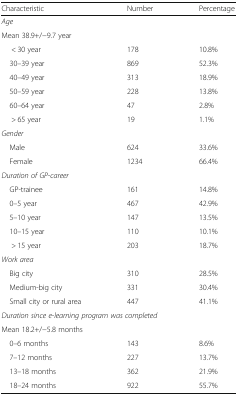
<table><thead><tr><td><b>Characteristic</b></td><td><b>Number</b></td><td><b>Percentage</b></td></tr></thead><tbody><tr><td colspan="3"><i>Age</i></td></tr><tr><td colspan="3">Mean 38.9+/−9.7 year</td></tr><tr><td>&lt; 30 year</td><td>178</td><td>10.8%</td></tr><tr><td> 30–39 year</td><td>869</td><td>52.3%</td></tr><tr><td> 40–49 year</td><td>313</td><td>18.9%</td></tr><tr><td> 50–59 year</td><td>228</td><td>13.8%</td></tr><tr><td> 60–64 year</td><td>47</td><td>2.8%</td></tr><tr><td>&gt; 65 year</td><td>19</td><td>1.1%</td></tr><tr><td colspan="3"><i>Gender</i></td></tr><tr><td> Male</td><td>624</td><td>33.6%</td></tr><tr><td> Female</td><td>1234</td><td>66.4%</td></tr><tr><td colspan="3"><i>Duration of GP-career</i></td></tr><tr><td> GP-trainee</td><td>161</td><td>14.8%</td></tr><tr><td> 0–5 year</td><td>467</td><td>42.9%</td></tr><tr><td> 5–10 year</td><td>147</td><td>13.5%</td></tr><tr><td> 10–15 year</td><td>110</td><td>10.1%</td></tr><tr><td>&gt; 15 year</td><td>203</td><td>18.7%</td></tr><tr><td colspan="3"><i>Work area</i></td></tr><tr><td> Big city</td><td>310</td><td>28.5%</td></tr><tr><td> Medium-big city</td><td>331</td><td>30.4%</td></tr><tr><td> Small city or rural area</td><td>447</td><td>41.1%</td></tr><tr><td colspan="3"><i>Duration since e-learning program was completed</i></td></tr><tr><td colspan="3">Mean 18.2+/−5.8 months</td></tr><tr><td> 0–6 months</td><td>143</td><td>8.6%</td></tr><tr><td> 7–12 months</td><td>227</td><td>13.7%</td></tr><tr><td> 13–18 months</td><td>362</td><td>21.9%</td></tr><tr><td> 18–24 months</td><td>922</td><td>55.7%</td></tr></tbody></table>